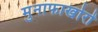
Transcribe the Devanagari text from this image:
मुनाफाखोरों